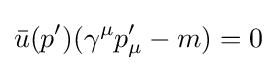
{\bar {u}}(p')(\gamma ^{\mu }p'_{\mu }-m)=0